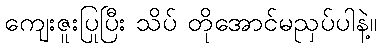
ကျေးဇူးပြုပြီး သိပ် တိုအောင်မညှပ်ပါနဲ့။